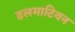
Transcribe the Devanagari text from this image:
डलमाटियन